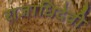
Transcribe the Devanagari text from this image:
राजाधिदेवी